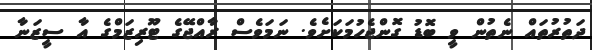
ދަތުރުތައް ނެތުން ވީ ބޮޑު ގޮންޖެހުމަކަށެވެ. ނަމަވެސް ރާއްޖޭގެ ޓޫރިޒަމްގެ އާ ސީޒަނާ